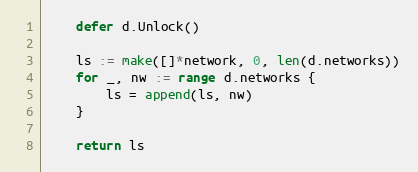
Language: Go
	defer d.Unlock()

	ls := make([]*network, 0, len(d.networks))
	for _, nw := range d.networks {
		ls = append(ls, nw)
	}

	return ls